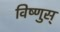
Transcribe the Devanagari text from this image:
विष्णुस्